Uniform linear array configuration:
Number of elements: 12
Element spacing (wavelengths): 0.75
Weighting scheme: cosine
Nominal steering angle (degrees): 45
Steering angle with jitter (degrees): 43.048
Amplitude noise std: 0.05
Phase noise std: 0.05

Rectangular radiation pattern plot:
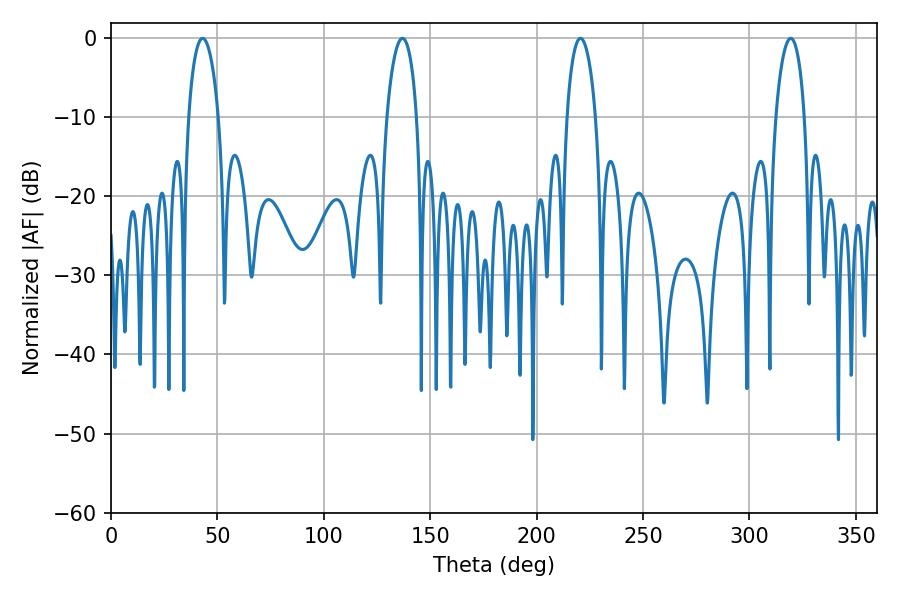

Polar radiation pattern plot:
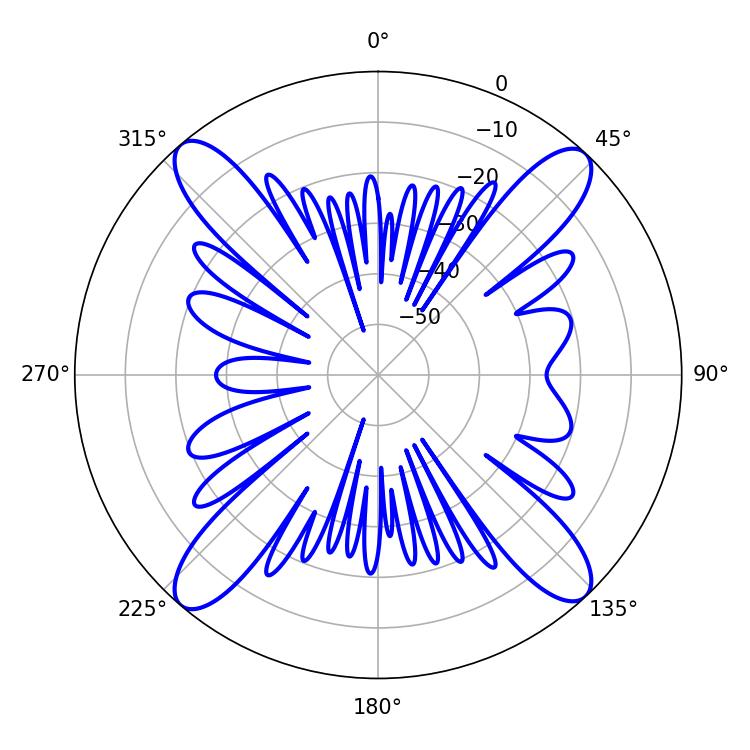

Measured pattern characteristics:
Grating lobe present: TRUE
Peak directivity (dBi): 20.113
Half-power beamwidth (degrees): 7.92
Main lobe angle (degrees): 43.02